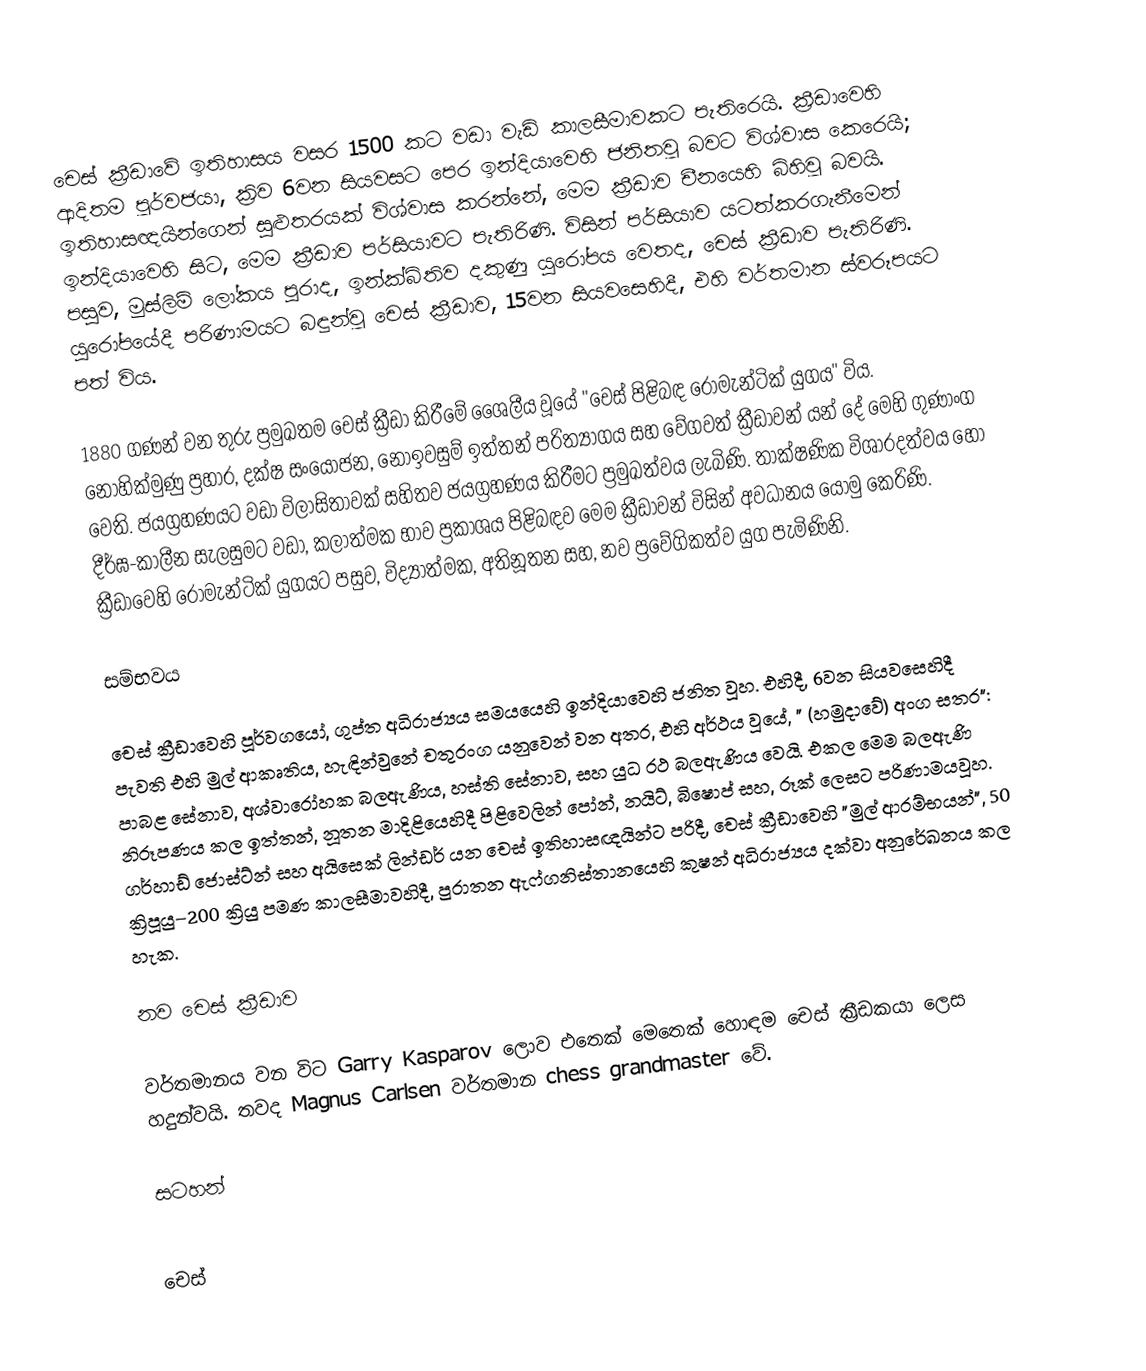
චෙස් ක්‍රීඩාවේ ඉතිහාසය වසර  1500 කට වඩා වැඩි කාලසීමාවකට පැතිරෙයි. ක්‍රීඩාවෙහි ආදිතම පූර්වජයා, ක්‍රිව 6වන සියවසට පෙර  ඉන්දියාවෙහි ජනිතවූ බවට විශ්වාස කෙරෙයි; ඉතිහාසඥයින්ගෙන් සුළුතරයක් විශ්වාස කරන්නේ, මෙම ක්‍රීඩාව  චීනයෙහි බිහිවූ බවයි. ඉන්දියාවෙහි සිට, මෙම ක්‍රීඩාව  පර්සියාවට පැතිරිණි. විසින් පර්සියාව යටත්කරගැනීමෙන් පසුව, මුස්ලිම් ලෝකය පුරාද, ඉන්ක්බිතිව දකුණු යුරෝපය වෙතද, චෙස් ක්‍රීඩාව පැතිරිණි. යුරෝපයේදී පරිණාමයට බඳුන්වූ චෙස් ක්‍රීඩාව, 15වන සියවසෙහිදී, එහි වර්තමාන ස්වරූපයට පත් විය.

1880 ගණන් වන තුරු ප්‍රමුඛතම චෙස් ක්‍රීඩා කිරීමේ ශෛලීය වූයේ "චෙස් පිළිබඳ රොමැන්ටික් යුගය" විය. නොහික්මුණු ප්‍රහාර, දක්ෂ සංයෝජන, නොඉවසුම් ඉත්තන් පරිත්‍යාගය සහ  වේගවත් ක්‍රීඩාවන් යන් දේ මෙහි ගුණාංග වෙති. ජයග්‍රහණයට වඩා  විලාසිතාවක් සහිතව ජයග්‍රහණය කිරීමට ප්‍රමුඛත්වය ලැබිණි. තාක්ෂණික  විශාරදත්වය හෝ දීර්ඝ-කාලීන සැලසුමට වඩා, කලාත්මක භාව ප්‍රකාශය පිළිබඳව මෙම ක්‍රීඩාවන් විසින් අවධානය යොමු කෙරිණි.  ක්‍රීඩාවෙහි රොමැන්ටික් යුගයට පසුව, විද්‍යාත්මක, අතිනූතන සහ, නව ප්‍රවේගිකත්ව යුග පැමිණිනි.

සම්භවය

චෙස් ක්‍රීඩාවෙහි පූර්වගයෝ, ගුප්ත අධිරාජ්‍යය සමයයෙහි  ඉන්දියාවෙහි ජනිත වූහ.  එහිදී, 6වන සියවසෙහිදී පැවති එහි මුල් ආකෘතිය, හැඳින්වුනේ චතුරංග යනුවෙන් වන අතර, එහි අර්ථය වූයේ, " (හමුදාවේ) අංග සතර": පාබළ සේනාව, අශ්වාරෝහක බලඇණිය, හස්ති සේනාව, සහ යුධ රථ බලඇණිය වෙයි.  එකල මෙම බලඇණි නිරූපණය කල ඉත්තන්,  නූතන මාදිළියෙහිදී පිළිවෙලින් පෝන්, නයිට්, බිෂොප් සහ, රූක් ලෙසට පරිණාමයවූහ.  ගර්හාඩ් ජොස්ට්න් සහ අයිසෙක් ලින්ඩර් යන චෙස් ඉතිහාසඥයින්ට පරිදී,  චෙස් ක්‍රීඩාවෙහි  "මුල් ආරම්භයන්",  50 ක්‍රිපූයු–200 ක්‍රියු   පමණ කාලසීමාවහිදී, පුරාතන ඇෆ්ගනිස්තානයෙහි කුෂන් අධිරාජ්‍යය දක්වා අනුරේඛනය කල හැක.

නව චෙස් ක්‍රීඩාව

වර්තමානය වන විට Garry Kasparov ලොව එතෙක් මෙතෙක් හොඳම චෙස් ක්‍රීඩකයා ලෙස හදුන්වයි. තවද Magnus Carlsen වර්තමාන chess grandmaster වේ.

සටහන්

චෙස්